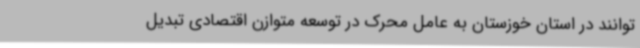
توانند در استان خوزستان به عامل محرک در توسعه متوازن اقتصادی تبدیل